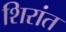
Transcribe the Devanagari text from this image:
शिरांत